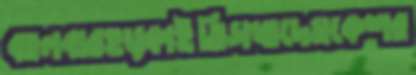
ঝালবারহড়্‌কাইতিসখাদেমকেশর